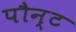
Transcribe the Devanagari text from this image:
पौन्ट